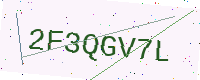
Text: 2F3QGV7L